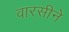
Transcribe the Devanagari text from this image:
वारसीने